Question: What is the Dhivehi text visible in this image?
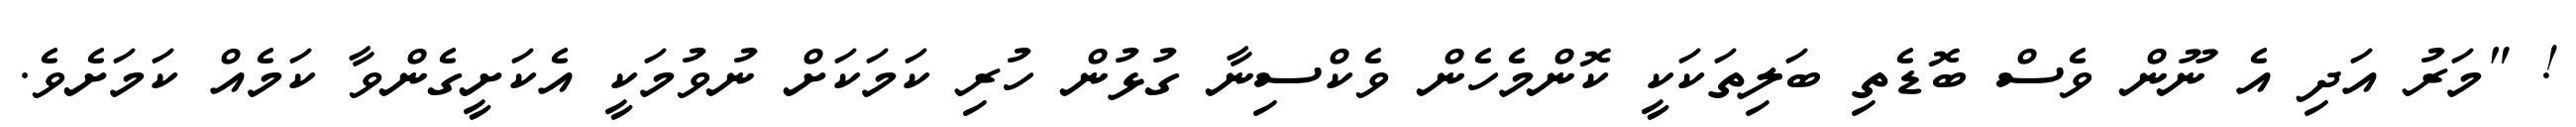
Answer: ! "މަރު އަދި އެ ނޫން ވެސް ބޮޑެތި ބަލިތަކަކީ ކޮންމެހެން ވެކްސިނާ ގުޅުން ހުރި ކަމަކަށް ނުވުމަކީ އެކަށީގެންވާ ކަމެއް ކަމަށެވެ.